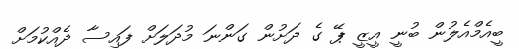
ބީއެމްއެލުން ބުނީ އީޒީ ޕޭ ގެ ދަށުން ގަންނަ މުދަލަށް ފައިސާ ދެއްކުމަށް